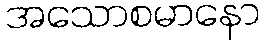
အသောစမာနော